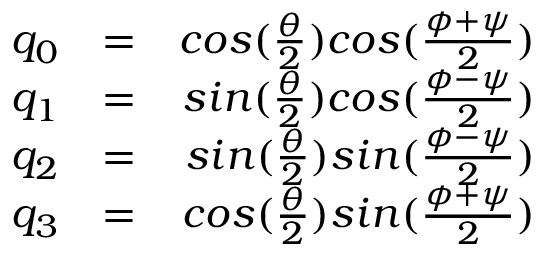
\begin{array} { r l r } { q _ { 0 } } & { = } & { c o s ( \frac { \theta } { 2 } ) c o s ( \frac { \phi + \psi } { 2 } ) } \\ { q _ { 1 } } & { = } & { s i n ( \frac { \theta } { 2 } ) c o s ( \frac { \phi - \psi } { 2 } ) } \\ { q _ { 2 } } & { = } & { s i n ( \frac { \theta } { 2 } ) s i n ( \frac { \phi - \psi } { 2 } ) } \\ { q _ { 3 } } & { = } & { c o s ( \frac { \theta } { 2 } ) s i n ( \frac { \phi + \psi } { 2 } ) } \end{array}